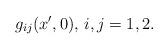
LaTeX: \begin{align*}g_{ij}(x^\prime,0), \, i,j = 1,2.\end{align*}